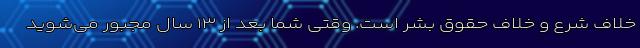
خلاف شرع و خلاف حقوق بشر است. وقتی شما بعد از ۱۳ سال مجبور می‌شوید